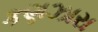
કણઝારા